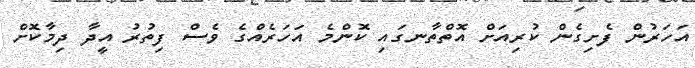
އަހަރުން ފެށިގެން ކުރިއަށް އޮތްތާނގައި ކޮންމެ އަހަރެއްގެ ވެސް ފިތުރު އީދާ ދިމާކޮށް